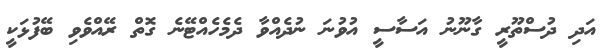
އަދި ދުސްތޫރީ ގާނޫނު އަސާސީ އުވުނަ ނުދެއްވާ ދެމެހެއްޓޭނެ ގޮތް ރޭއްވެވި ބޭފުޅަކީ